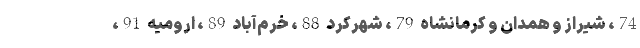
74، شیراز و همدان و کرمانشاه 79، شهرکرد 88، خرم‌آباد 89، ارومیه 91،